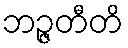
ဘဉ္ဇတီတိ